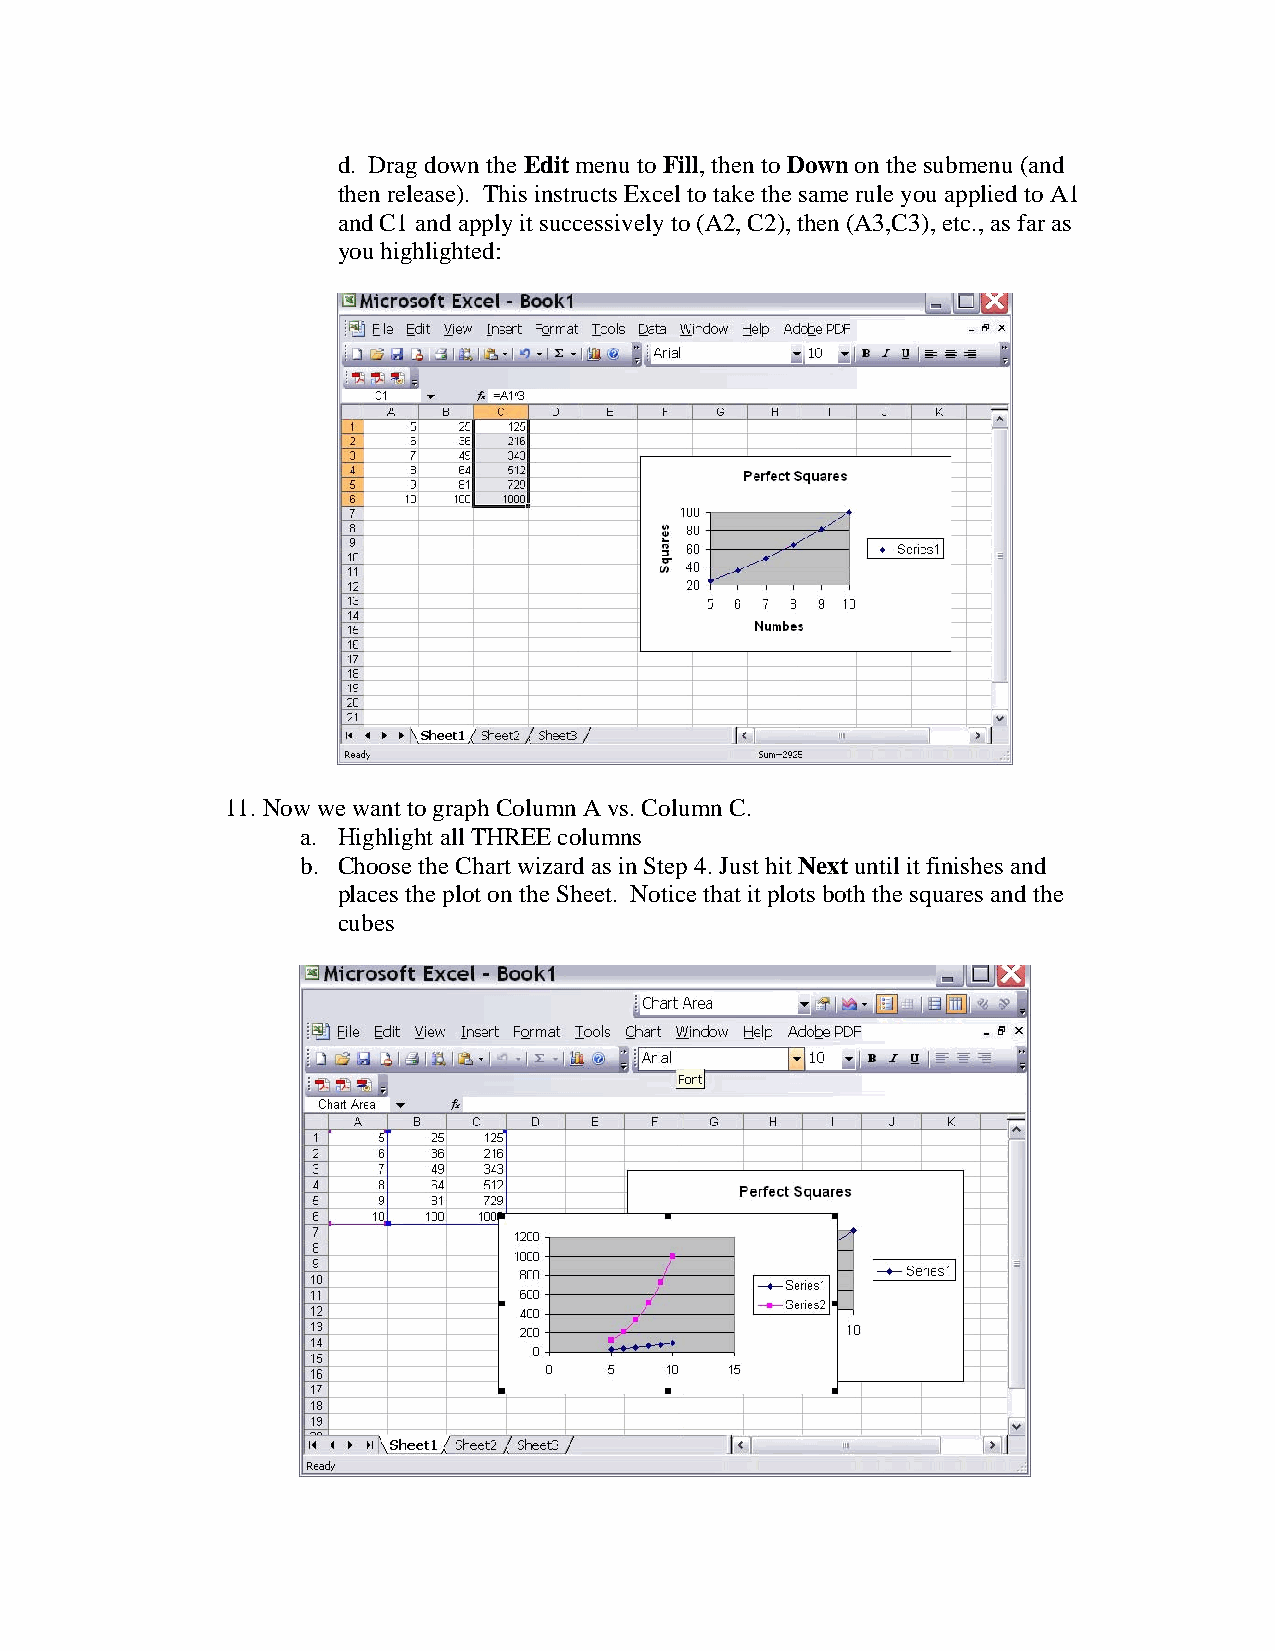
d. Drag down the Edit menu to Fill, then to Down on the submenu (and
 then release). This instructs Excel to take the same rule you applied to A1
 and C1 and apply it successively to (A2, C2), then (A3,C3), etc., as far as
 you highlighted:
 11. Now we want to graph Column A vs. Column C.
 a. Highlight all THREE columns
 b. Choose the Chart wizard as in Step 4. Just hit Next until it finishes and
 places the plot on the Sheet. Notice that it plots both the squares and the
 cubes